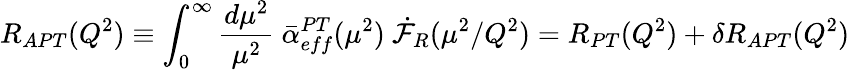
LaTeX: R_{APT}(Q^{2})\equiv\int_{0}^{\infty}{\frac{d\mu^{2}}{\mu^{2}}}\ \bar{\alpha}_{eff}^{PT}(\mu^{2})\ \dot{{\cal F}}_{R}(\mu^{2}/Q^{2})=R_{PT}(Q^{2})+\delta R_{APT}(Q^{2})